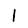
Digit: 1